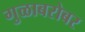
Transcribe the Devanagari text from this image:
गुळाबरोबर